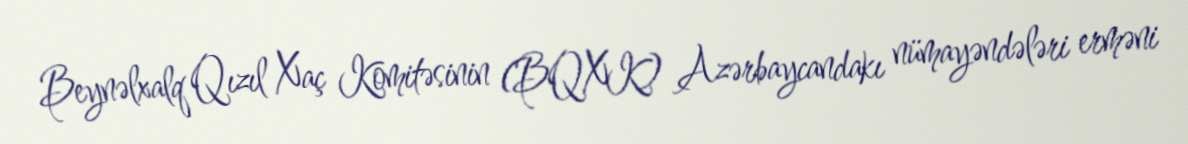
Beynəlxalq Qızıl Xaç Komitəsinin (BQXK) Azərbaycandakı nümayəndələri erməni